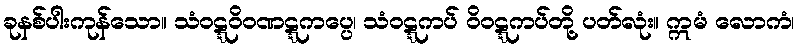
ခုနစ်ပါးကုန်သော။ သံဝဋ္ဋဝိဝဏဋ္ဋကပ္ပေ၊ သံဝဋ္ဋကပ် ဝိဝဋ္ဋကပ်တို့ ပတ်လုံး။ ဣမံ လောကံ၊